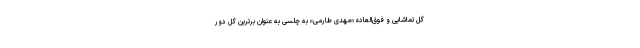
گل تماشایی و فوق‌العاده «مهدی طارمی» به چلسی به عنوان برترین گل دور